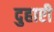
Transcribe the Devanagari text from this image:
दुहाएी